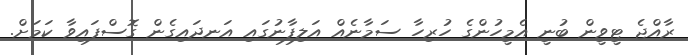
ރާއްޖެ ޓީވީން ބުނީ އެމީހުންގެ ހުރިހާ ސަމާނެއް އަލިފާނުގައި އަނދައިގެން ގޮސްފައިވާ ކަމަށް.